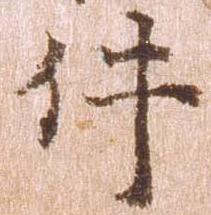
件